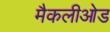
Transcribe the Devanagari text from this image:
मैकलीओड